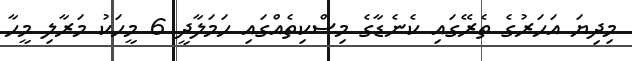
މިދިޔަ އަހަރުގެ ތެރޭގައި ކެނެޑާގެ މިސްކިތެއްގައި ހަމަލާދީ 6 މީހަކު މަރާލި މީހާ